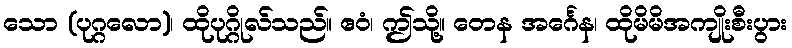
သော (ပုဂ္ဂလော)၊ ထိုပုဂ္ဂိုလ်သည်။ ဧဝံ၊ ဤသို့။ တေန အင်္ဂေန၊ ထိုမိမိအကျိုးစီးပွား